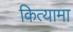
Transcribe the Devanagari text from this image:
कित्यामा